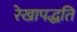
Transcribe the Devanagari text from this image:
रेखापद्धति